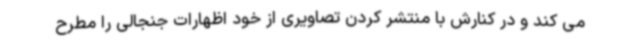
می کند و در کنارش با منتشر کردن تصاویری از خود اظهارات جنجالی را مطرح